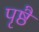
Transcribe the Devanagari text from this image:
पृष्ठै